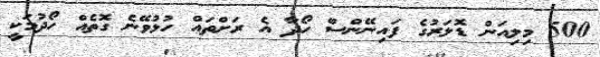
500 މިލިއަން ޑޮލަރުގެ ފައިނޭންސް ހޯދާ އެ ރަށްތައް ހުޅުވޭނެ ގޮތެއް ހޯދުމަކީ